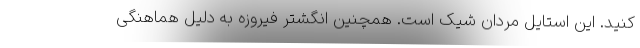
کنید. این استایل مردان شیک است. همچنین انگشتر فیروزه به دلیل هماهنگی